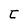
Character: t